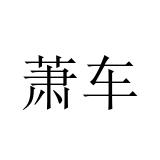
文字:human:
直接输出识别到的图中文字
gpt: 萧车